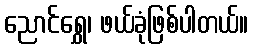
ညောင်ရွှေ၊ ဖယ်ခုံဖြစ်ပါတယ်။